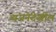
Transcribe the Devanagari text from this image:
व्यंजनेदेखील